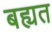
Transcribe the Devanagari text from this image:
बह्यत